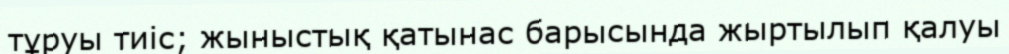
тұруы тиіс; жыныстық қатынас барысында жыртылып қалуы